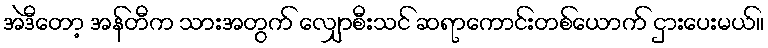
အဲဒီတော့ အန်တီက သားအတွက် လျှောစီးသင် ဆရာကောင်းတစ်ယောက် ငှားပေးမယ်။